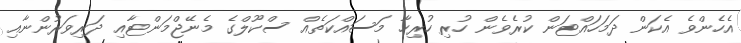
އެހެންވެ އެކަން ދަމަހައްޓަން ކުރެވެން ހުރި ހުރިހާ މަަަސައްކަތެއް ސްކޫލްގެ މެނޭޖްމަންޓާއި ދަރިވަރުންނާއި